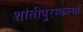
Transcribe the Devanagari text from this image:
शांतीपुरस्कर्त्या